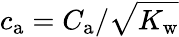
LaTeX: {c_{\mathrm{a}}=C_{\mathrm{a}}/\sqrt{K_{\mathrm{w}}}}